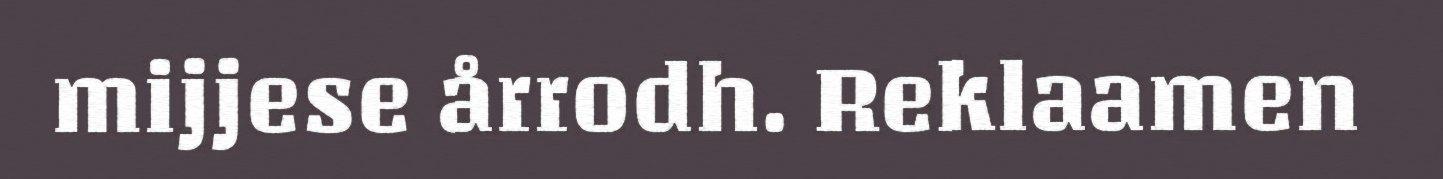
mijjese årrodh. Reklaamen